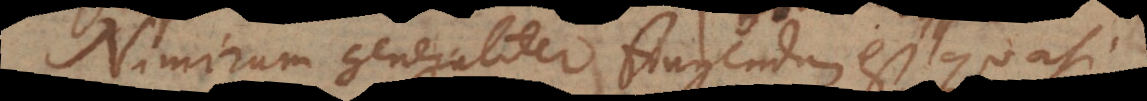
Nimirum generaliter fingendum est, quas